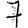
Digit: 7